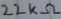
Text: 22KΩ